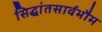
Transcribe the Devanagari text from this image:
सिद्धांतसार्वभौम